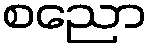
စညော